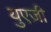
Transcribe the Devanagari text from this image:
युएज़ी